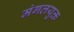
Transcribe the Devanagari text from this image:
मंगलयुक्त